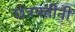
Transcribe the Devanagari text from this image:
छत्रपतीनी